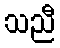
သညီ